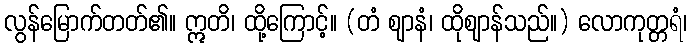
လွန်မြောက်တတ်၏။ ဣတိ၊ ထို့ကြောင့်။ (တံ ဈာနံ၊ ထိုဈာန်သည်။) လောကုတ္တရံ၊